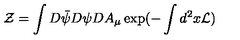
{ \cal Z } = \int D \bar { \psi } D \psi D A _ { \mu } \exp ( - \int d ^ { 2 } x { \cal L } )